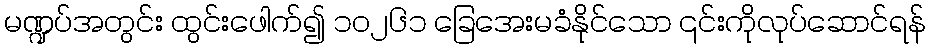
မဏ္ဍပ်အတွင်း ထွင်းဖေါက်၍ ၁၀၂၆၁ ခြေအေးမခံနိုင်သော ၎င်းကိုလုပ်ဆောင်ရန်